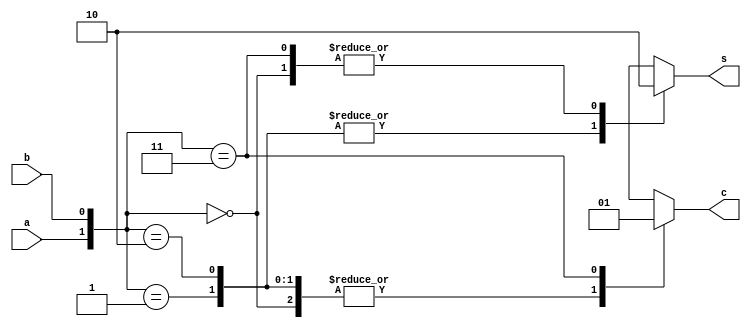
module ha(a,b,s,c);    // Half Adder
  
input a,b;
output s,c;
reg s,c;
  
always@(a or b)
begin
case({a,b})
  2'b00:begin s=0;c=0; end
  2'b01:begin s=1;c=0; end
  2'b10:begin s=1;c=0; end
  2'b11:begin s=0;c=1; end
endcase
end
endmodule

module fa(a,b,cin,s,c);    // Full Adder
  
input a,b,cin;
output s,c;
wire s1,c1,c2;
// Instantiating half adders
ha a1(a,b,s1,c1);
ha a2(s1,cin,s,c2);
assign c=c1|c2;
endmodule

module parallel(x, y, as, s, cout);
input [03:0] x;
input [03:0] y;
input as;
output [03:0] s;
output cout;
wire c0,c1,c2,y0,y1,y2,y3;
  
assign y0=y[0]^as;  
assign y1=y[1]^as;
assign y2=y[2]^as;
assign y3=y[3]^as;
  // Instanting full adders
fa a1(x[0],y0,as,s[0],c0);
fa a2(x[1],y1,c0,s[1],c1);
fa a3(x[2],y2,c1,s[2],c2);
fa a4(x[3],y3,c2,s[3],cout);
endmodule
    
module testbench();
    reg [3:0]x;
    reg [3:0]y;
    reg as;
    wire [3:0]s;
    wire cout;
    parallel aaa(x,y,as,s,cout);
    initial
    begin
     as=0; x=4'b0010; y=4'b0100;
     #5 as=1;x=4'b1111;y=4'b1100;
     #50 $finish;
    end
    endmodule